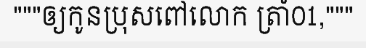
"""ឲ្យកូនប្រុសពៅលោក ត្រាំ01,"""